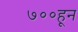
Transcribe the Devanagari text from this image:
७००हून